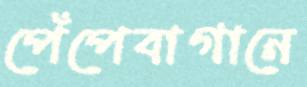
পেঁপেবাগানে